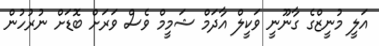
އަލީ މުނީޒްގެ ގާނޫނީ ވަކީލް އާދަމް ޝަމީމް ވެސް ވަރަށް ބޮޑަށް ނުރުހުން